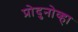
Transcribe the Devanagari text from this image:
प्रोदुनोव्हा